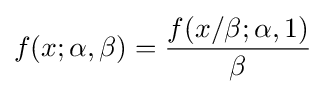
f(x;\alpha ,\beta )={\frac {f(x/\beta ;\alpha ,1)}{\beta }}